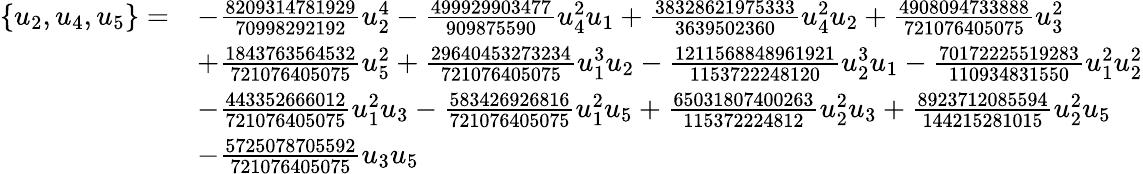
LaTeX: \begin{array}{rl}{\{ u_{2},u_{4},u_{5}\} =}&{-\frac{8209314781929}{70998292192}u_{2}^{4}-\frac{499929903477}{909875590}u_{4}^{2}u_{1}+\frac{38328621975333}{3639502360}u_{4}^{2}u_{2}+\frac{4908094733888}{721076405075}u_{3}^{2}}\\ &{+\frac{1843763564532}{721076405075}u_{5}^{2}+\frac{29640453273234}{721076405075}u_{1}^{3}u_{2}-\frac{1211568848961921}{1153722248120}u_{2}^{3}u_{1}-\frac{70172225519283}{110934831550}u_{1}^{2}u_{2}^{2}}\\ &{-\frac{443352666012}{721076405075}u_{1}^{2}u_{3}-\frac{583426926816}{721076405075}u_{1}^{2}u_{5}+\frac{65031807400263}{115372224812}u_{2}^{2}u_{3}+\frac{8923712085594}{144215281015}u_{2}^{2}u_{5}}\\ &{-\frac{5725078705592}{721076405075}u_{3}u_{5}}\end{array}